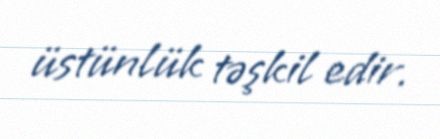
üstünlük təşkil edir.